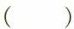
( )